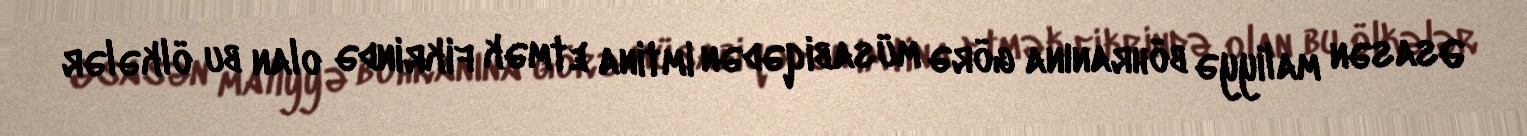
Əsasən maliyyə böhranına görə müsabiqədən imtina etmək fikrində olan bu ölkələr